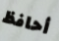
أحافظ